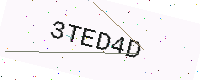
Text: 3TED4D